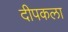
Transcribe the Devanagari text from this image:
दीपकला